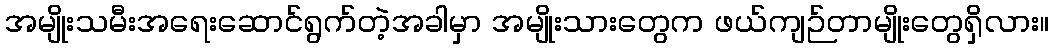
အမျိုးသမီးအရေးဆောင်ရွက်တဲ့အခါမှာ အမျိုးသားတွေက ဖယ်ကျဉ်တာမျိုးတွေရှိလား။